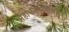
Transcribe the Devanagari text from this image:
महाकाव्यजयपुर